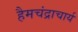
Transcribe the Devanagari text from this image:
हैमचंद्राचार्य